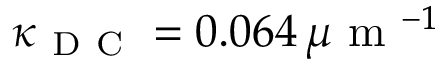
\kappa _ { \mathrm { ~ D ~ C ~ } } = 0 . 0 6 4 \, \mu \mathrm { ~ m ~ } ^ { - 1 }